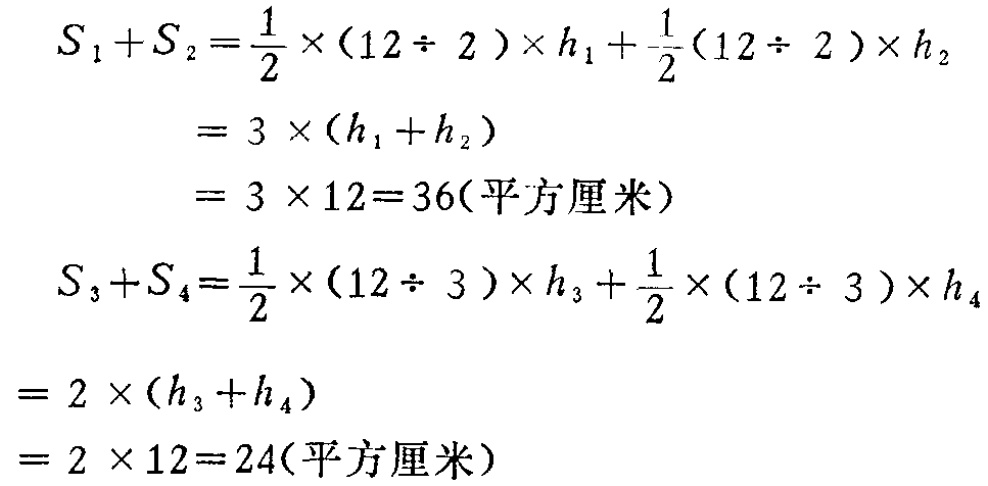
\[

\begin{align*}

S_{1}+S_{2}&=\frac{1}{2}\times(12\div 2)\times h_{1}+\frac{1}{2}(12\div 2)\times h_{2}\\

&= 3\times(h_{1}+h_{2})\\

&= 3\times12 = 36(\text{平方厘米})

\end{align*}

\]

\[

\begin{align*}

S_{3}+S_{4}&=\frac{1}{2}\times(12\div 3)\times h_{3}+\frac{1}{2}\times(12\div 3)\times h_{4}\\

&= 2\times(h_{3}+h_{4})\\

&= 2\times12 = 24(\text{平方厘米})

\end{align*}

\]